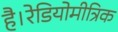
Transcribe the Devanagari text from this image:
है।रेडियोमीत्रिक